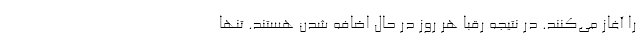
را آغاز می‌کنند. در نتیجه رقبا هر روز در حال اضافه شدن هستند. تنها